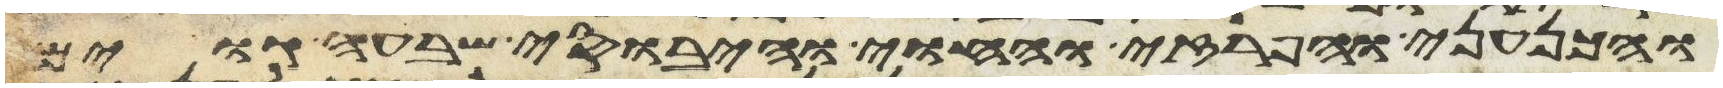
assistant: והכנעני והפרזי והחוי והיבוסי שבעה גוים